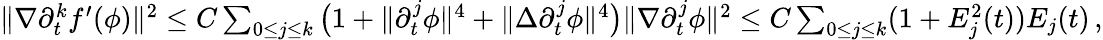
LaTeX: \begin{array}{r}{\| \nabla\partial_{t}^{k}f^{\prime}(\phi)\| ^{2}\leq C\sum_{0\leq j\leq k}\big(1+\| \partial_{t}^{j}\phi\| ^{4}+\| \Delta\partial_{t}^{j}\phi\| ^{4}\big)\| \nabla\partial_{t}^{j}\phi\| ^{2}\leq C\sum_{0\leq j\leq k}(1+E_{j}^{2}(t))E_{j}(t)\, ,}\end{array}